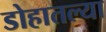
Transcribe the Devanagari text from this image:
डोहातल्या